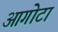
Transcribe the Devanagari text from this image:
आगोटा